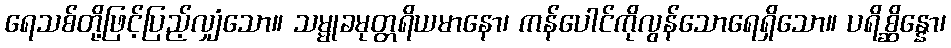
ရေသစ်တို့ဖြင့်ပြည့်လျှံသော။ သမ္မုခမုတ္တရိယမာနော၊ ကန်ပေါင်ကိုလွန်သောရေရှိသော။ ပရိစ္ဆိန္နော၊